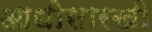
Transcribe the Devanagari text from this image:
आधीसारखी